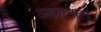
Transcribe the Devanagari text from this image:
अहारनाल